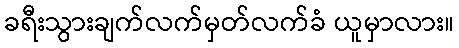
ခရီးသွားချက်လက်မှတ်လက်ခံ ယူမှာလား။